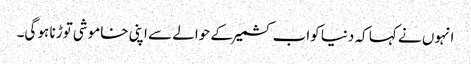
انہوں نے کہا کہ دنیا کواب کشمیرکے حوالے سے اپنی خاموشی توڑنا ہو گی۔